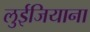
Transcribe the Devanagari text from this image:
लुईजियाना